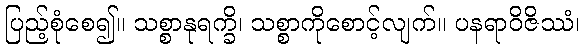
ပြည့်စုံစေ၍။ သစ္စာနုရက္ခိ၊ သစ္စာကိုစောင့်လျက်။ ပနရာဝိဇိဿံ၊